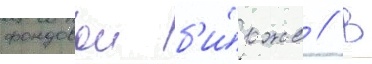
фондовои б'и́рже // В